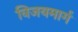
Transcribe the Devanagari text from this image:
विजयमार्ग